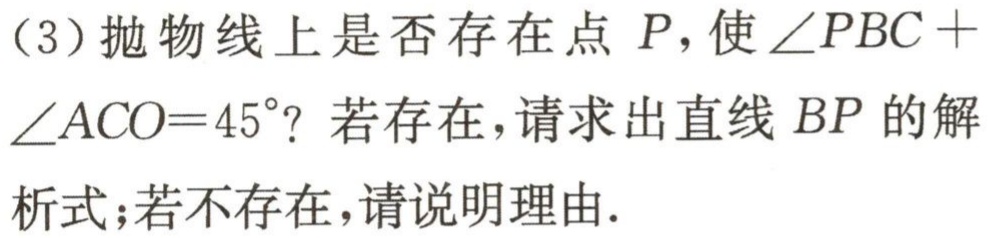
（3）抛物线上是否存在点 \(P\)，使 \(\angle PBC +\angle ACO = 45^{\circ}\)？若存在，请求出直线 \(BP\) 的解析式；若不存在，请说明理由.